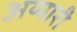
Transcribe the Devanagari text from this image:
अय्यारी